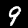
Label: 9